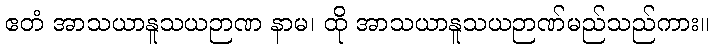
ဧတံ အာသယာနူသယဉာဏ နာမ၊ ထို အာသယာနူသယဉာဏ်မည်သည်ကား။